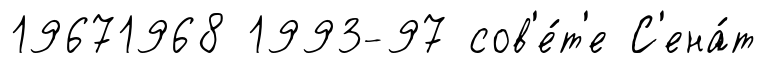
19671968 1993-97 сов'е́т'е С'ена́т